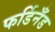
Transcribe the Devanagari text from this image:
फर्डिनँड